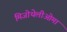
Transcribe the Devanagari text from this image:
मिजोथेलीओमा